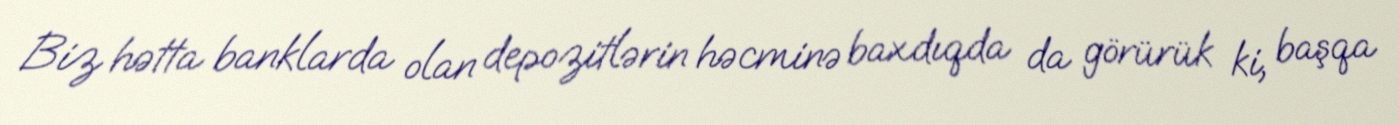
Biz hətta banklarda olan depozitlərin həcminə baxdıqda da görürük ki, başqa